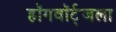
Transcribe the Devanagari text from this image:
हॉगवॉर्ट्‌जला